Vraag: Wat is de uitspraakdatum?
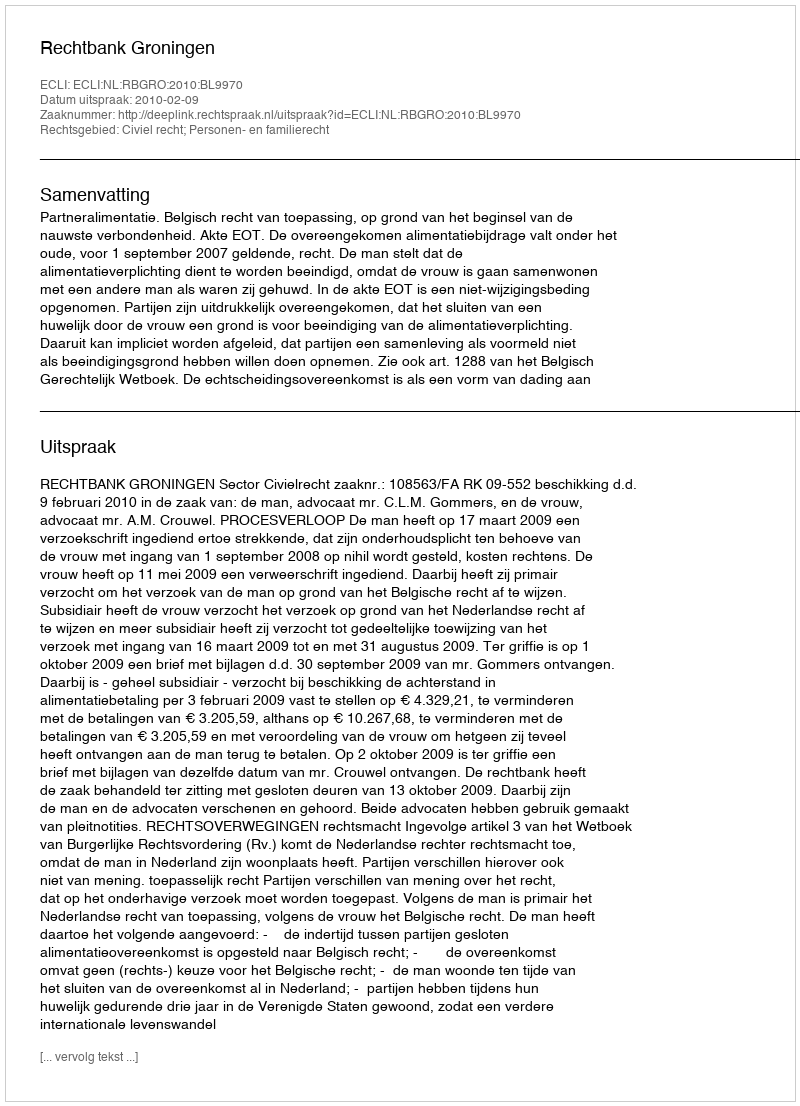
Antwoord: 2010-02-09